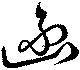
函